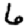
Digit: 6